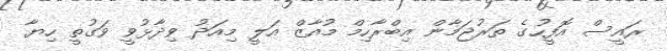
ރައީސް އޮފީހުގެ ތަރުޖަމާން އިބްރާހިމް މުއާޒް އަލީ މިއަދު ވިދާޅުވީ ވަގުތީ ހިޔާ